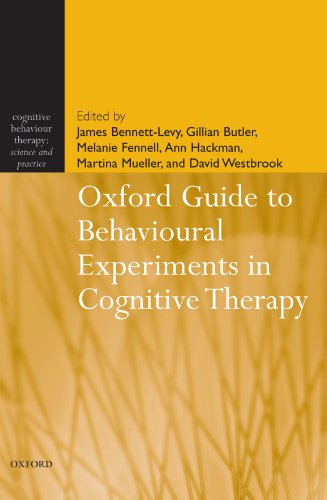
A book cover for Oxford Guide to Behavioural Experiments in Cognitive Therapy (Cognitive Behaviour Therapy: Science and Practice); James Bennett-Levy; Medical Books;